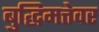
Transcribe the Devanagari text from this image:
बुद्धिमत्तेवर